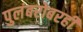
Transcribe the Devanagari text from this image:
पुलंबरोबरही